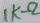
Text: 1KΩ